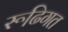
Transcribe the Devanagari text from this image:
रूढि़गत